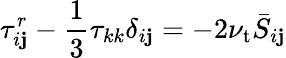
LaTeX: \tau_{i\mathbf{j}}^{r}-{\frac{{1}}{{3}}}\tau_{kk}\delta_{i\mathbf{j}}=-2\nu_{\mathrm{{t}}}{\bar{{S}}}_{i\mathbf{j}}